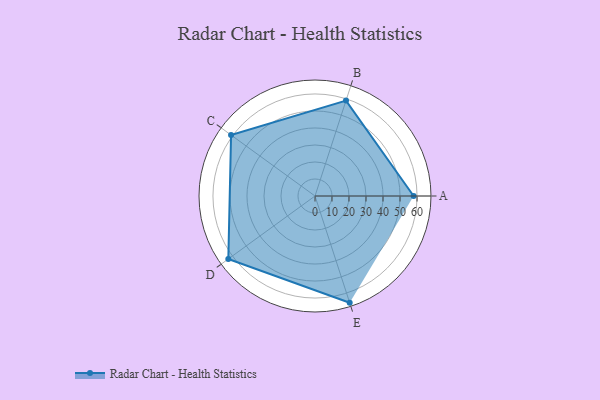
{"axis": {"x": "Skill", "y": "Score"}, "legend": ["Profile"], "data": [{"x": "A", "y": 58.0, "type": "Profile"}, {"x": "B", "y": 59.0, "type": "Profile"}, {"x": "C", "y": 61.0, "type": "Profile"}, {"x": "D", "y": 63.0, "type": "Profile"}, {"x": "E", "y": 66.0, "type": "Profile"}]}